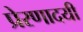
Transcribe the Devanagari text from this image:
प्रेरणादयी